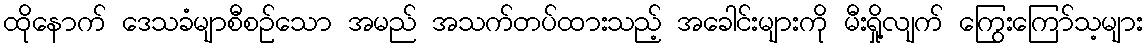
ထိုနောက် ဒေသခံမျာစီစဉ်သော အမည် အသက်တပ်ထားသည့် အခေါင်းများကို မီးရှို့လျက် ကြွေးကြော်သ့များ